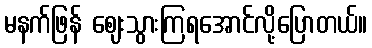
မနက်ဖြန် ဈေးသွားကြရအောင်လို့ပြောတယ်။